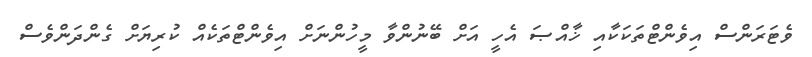
ވެޓަރަންސް އިވެންޓްތަކަކާއި ޚާއްޞަ އެހީ އަށް ބޭނުންވާ މީހުންނަށް އިވެންޓްތަކެއް ކުރިޔަށް ގެންދަންވެސް